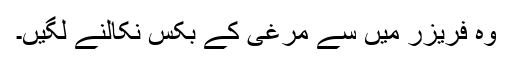
وہ فریزر میں سے مرغی کے بکس نکالنے لگیں۔